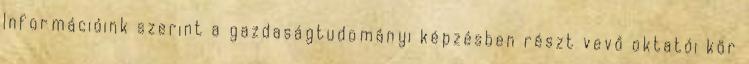
Információink szerint a gazdaságtudományi képzésben részt vevő oktatói kör